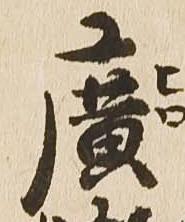
広